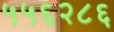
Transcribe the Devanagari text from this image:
५५६२८६